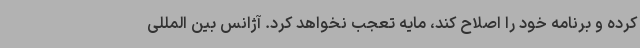
کرده و برنامه خود را اصلاح کند، مایه تعجب نخواهد کرد. آژانس بین المللی